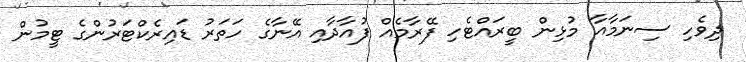
ދިވެހި ސިނަމާއާ މުޅިން ބީރައްޓެހި ފޭރާމެއް ފުއާދާއި އޭނާގެ ހަތަރު ޑައިރެކްޓަރުންގެ ޓީމުން